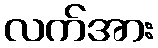
လက်အား